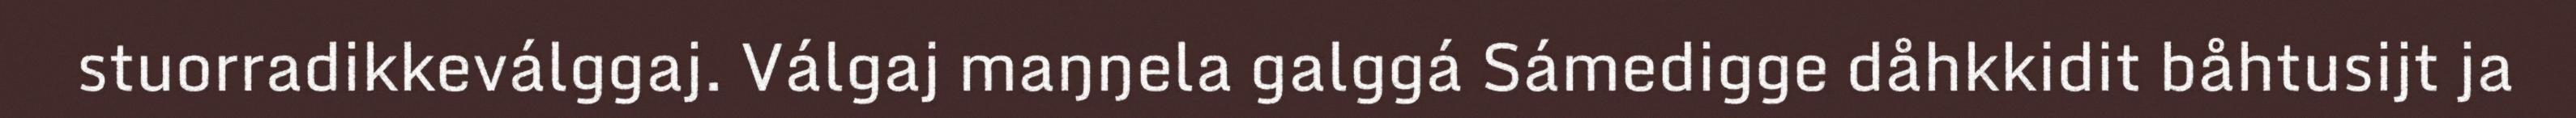
stuorradikkeválggaj. Válgaj maŋŋela galggá Sámedigge dåhkkidit båhtusijt ja